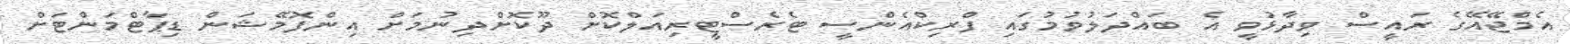
އެމްޖޭއޭގެ ރައީސް ވިދާޅުވީ އެ ބައްދަލުވުމުގައި ފްރިކްއެންސީ ޓެރެސްޓީރިއަލްކޮށް ދޫކޮށްދިނުމަށް އިންފޮމޭޝަން ޑިޕާޓްމަންޓަށް